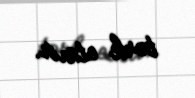
tərk etmir.